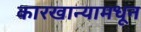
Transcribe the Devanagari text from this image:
कारखान्यामधून